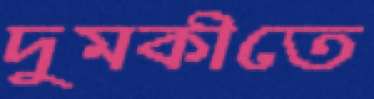
দুমকীতে